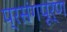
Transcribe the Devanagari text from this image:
प्रसंगपूर्ण